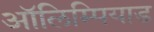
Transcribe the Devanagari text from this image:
ऑलिम्पियाड